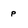
Character: P